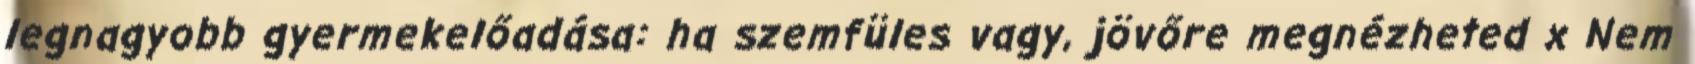
legnagyobb gyermekelőadása: ha szemfüles vagy, jövőre megnézheted x Nem